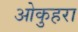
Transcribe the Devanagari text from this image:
ओकुहरा